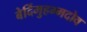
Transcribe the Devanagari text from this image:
बेर्दिमुहम्मदोव